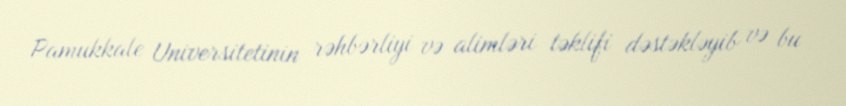
Pamukkale Universitetinin rəhbərliyi və alimləri təklifi dəstəkləyib və bu